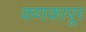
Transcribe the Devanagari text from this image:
कणकापूर